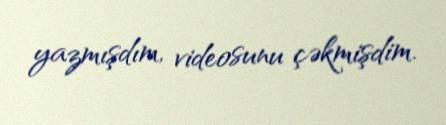
yazmışdım, videosunu çəkmişdim.